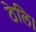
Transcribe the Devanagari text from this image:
ठेलि।